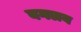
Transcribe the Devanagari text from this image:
वगलय